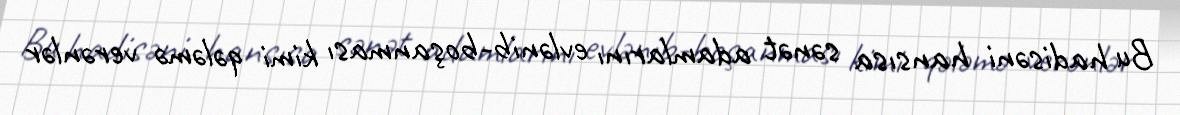
Bu hadisəni hansısa sənət adamlarını evlənib-boşanması kimi qələmə verənlər